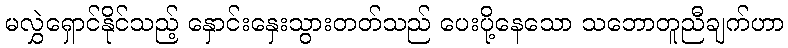
မလွှဲရှောင်နိုင်သည့် နှောင်းနှေးသွားတတ်သည် ပေးပို့နေသော သဘောတူညီချက်ဟာ